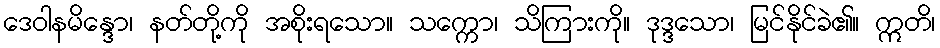
ဒေဝါနမိန္ဒော၊ နတ်တို့ကို အစိုးရသော။ သက္ကော၊ သိကြားကို။ ဒုဒ္ဒသော၊ မြင်နိုင်ခဲ၏။ ဣတိ၊